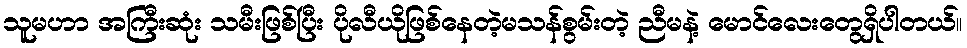
သူမဟာ အကြီးဆုံး သမီးဖြစ်ပြီး ပိုလီယိုဖြစ်နေတဲ့မသန်စွမ်းတဲ့ ညီမနဲ့ မောင်လေးတွေရှိပါတယ်။